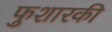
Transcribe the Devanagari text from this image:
फुशारकी